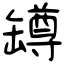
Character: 罇